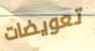
تعويضات